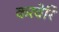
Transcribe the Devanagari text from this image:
करवेरि